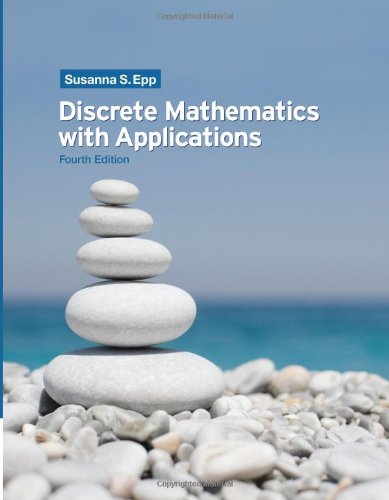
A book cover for Discrete Mathematics with Applications; Susanna S. Epp; Science & Math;